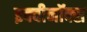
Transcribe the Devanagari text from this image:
इक्वीनॉक्स